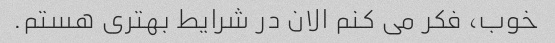
خوب، فکر می کنم الان در شرایط بهتری هستم.